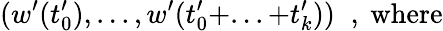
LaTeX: (w^{\prime}(t_{0}^{\prime}),...,w^{\prime}(t_{0}^{\prime}+...+t_{k}^{\prime}))\; \; ,\mathrm{~where}